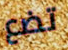
تضع